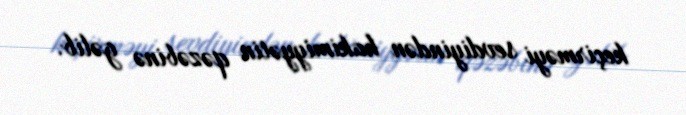
keçirməyi sevdiyindən hakimiyyətin qəzəbinə gəlib.